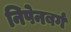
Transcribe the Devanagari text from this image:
निपेनबर्ग